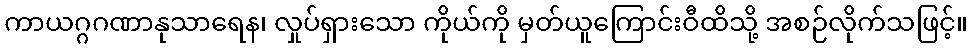
ကာယဂ္ဂဂဏာနုသာရေန၊ လှုပ်ရှားသော ကိုယ်ကို မှတ်ယူကြောင်းဝီထိသို့ အစဉ်လိုက်သဖြင့်။